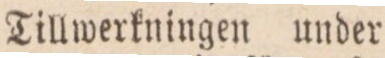
Tillwerkningen under